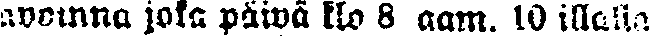
avoinna joka päivä klo 8 aam. 10 illalla